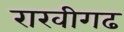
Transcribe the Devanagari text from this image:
राखीगढ